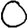
Digit: 0